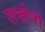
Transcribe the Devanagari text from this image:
लखोरी